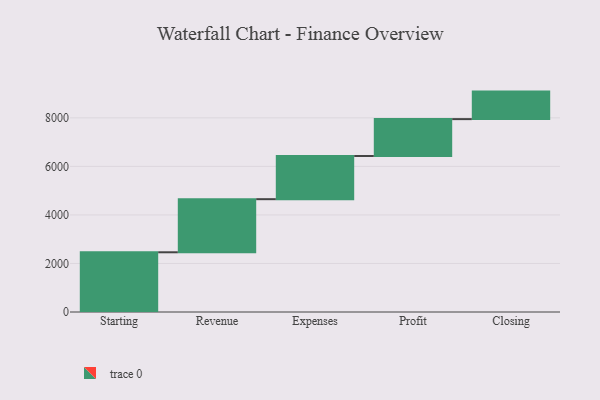
{"axis": {"x": "Step", "y": "Value"}, "legend": [""], "data": [{"x": "Starting", "y": 2461.0, "type": ""}, {"x": "Revenue", "y": 2188.0, "type": ""}, {"x": "Expenses", "y": 1780.0, "type": ""}, {"x": "Profit", "y": 1519.0, "type": ""}, {"x": "Closing", "y": 1134.0, "type": ""}]}